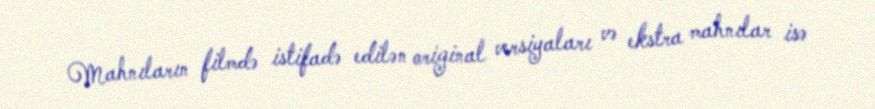
Mahnıların filmdə istifadə edilən original versiyaları və ekstra mahnılar isə